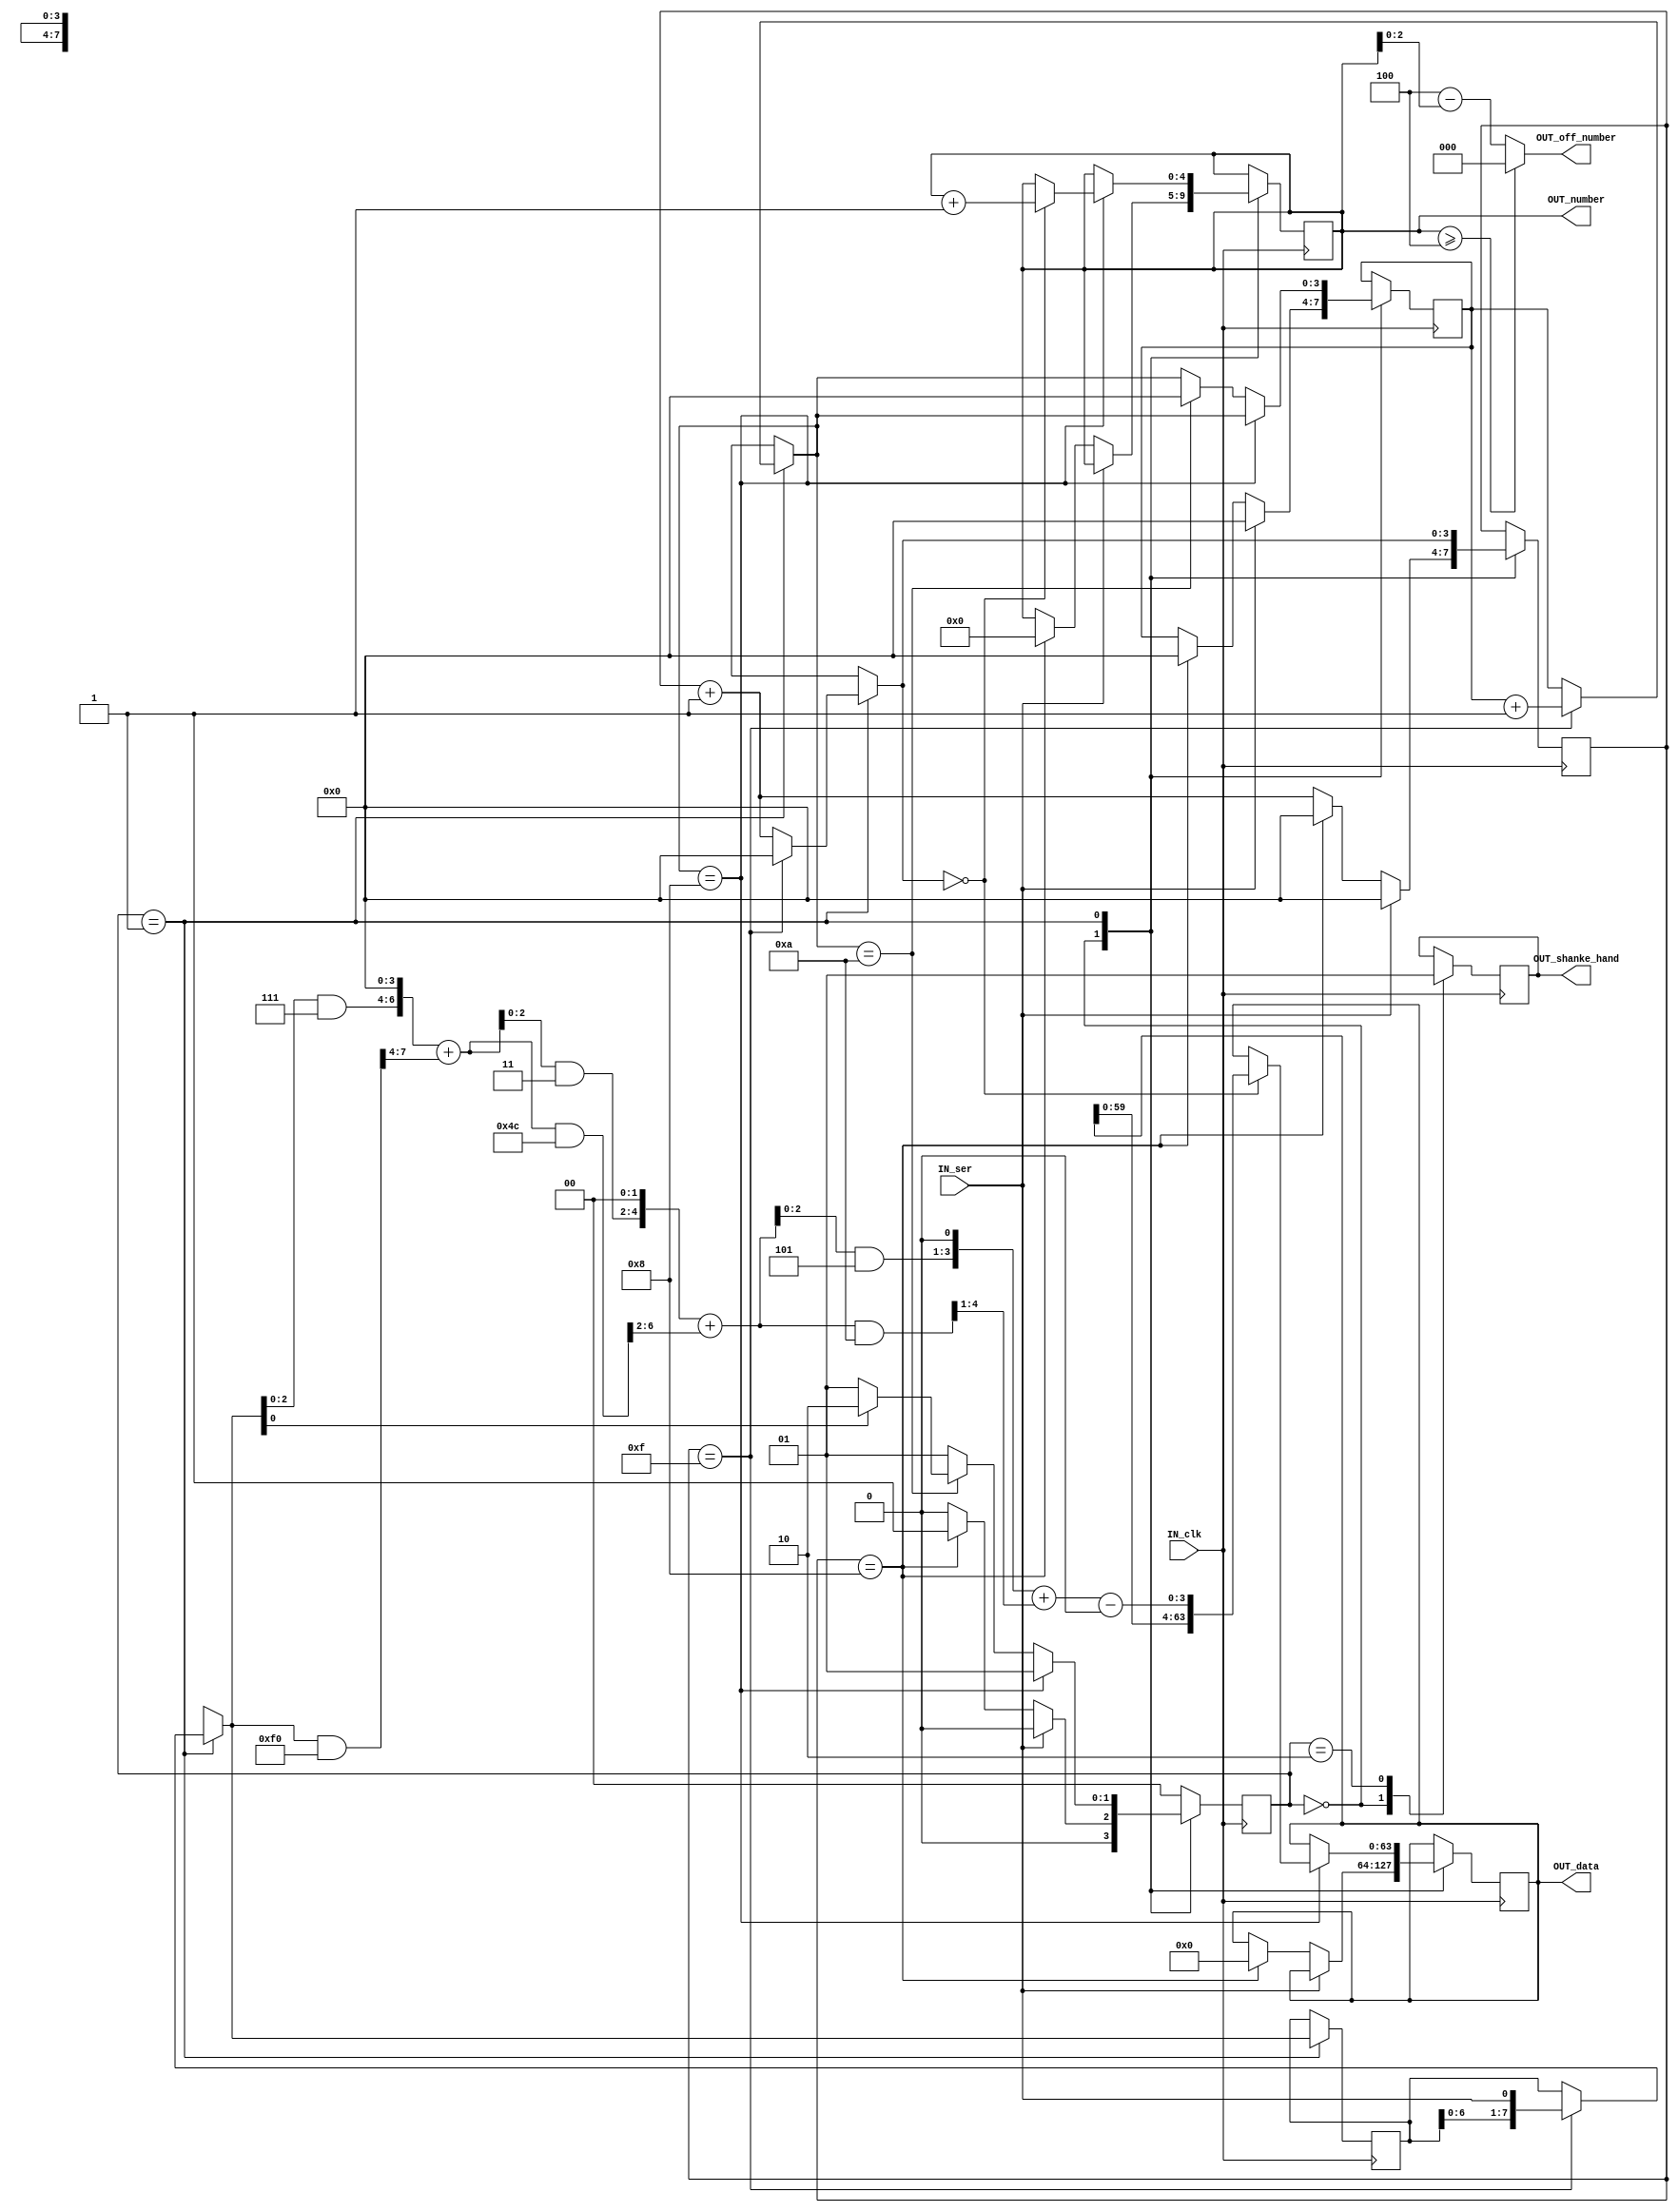
//s00
//s1 0
//s2 
// 
// 9600*16Hz
// out_number 
module serial_in(input IN_clk, input IN_ser,
						output reg [63:0] OUT_data, output reg OUT_shanke_hand, output reg [4:0] OUT_number, output [2:0] OUT_off_number);

	reg [1:0] state = 0;
	reg [3:0] flag = 0;
	reg [3:0] number_bit = 0;
	reg [7:0] temp_ascii = 0;
//	reg delay; //
	parameter s0 = 0, s1 = 1, s2 = 2;
	
	assign OUT_off_number = (OUT_number >= 5'd4)? 0 : 4 - OUT_number;
	
	always @(posedge IN_clk)
	begin
		case(state)
			s0:
				begin
					if(!IN_ser)//
						begin
							if(flag == 4'b1000)
								begin 
									state = s1;
									number_bit = 0;
									flag = 0;
									OUT_data = 0;
									OUT_shanke_hand = 0;
									OUT_number = 0;
								end
							else
								begin
									state = s0;
									flag = flag + 1;
									OUT_shanke_hand = 0;
								end
						end
					else
						begin
							flag = 0;
							state = s0;
							number_bit = 0;
							OUT_data = OUT_data;
							OUT_shanke_hand = 0;
							OUT_number = OUT_number;
						end
				end
			s1:
				begin
					if(flag == 4'hF)
						begin
							temp_ascii = {temp_ascii,IN_ser};
							number_bit = number_bit + 1;
							flag = 0;
						end
					else
						begin
//							temp_ascii = 0;
//							number_bit = number_bit + 1;
							flag = flag + 1;
						end
					
					//  == 9 
					if(number_bit == 4'd8)
						begin
							state = s1;
							
							if(flag == 0)
								begin
									OUT_number = OUT_number + 1; //
									OUT_data = {OUT_data,change_number(temp_ascii)};
								end
						end
					else if(number_bit == 4'd10)
						begin
			
							if(temp_ascii[0])// 
								begin
									state = s2;
									number_bit = 0;
									// 
								end
							else
								begin
									state = s1;
									number_bit = 0;
								end
						end
					else
						begin
							state = s1;
							
						end
				end
			s2:
				begin
					OUT_shanke_hand = 1;
					state = s0;
				end
			default:
				begin
					state = 0;
				end
		endcase
	end
						
	//if					
	function [3:0] change_number;
	input [7:0] a;
	begin
		change_number = reverse(a) - 8'd48;
	end
	endfunction					
	
	// verilog,C
	function [7:0] reverse;
	input [7:0] x;
	begin
		reverse = ((x & 8'h0F) << 4) + ((x & 8'hF0) >> 4);
		reverse = ((reverse & 8'h33) << 2) + ((reverse & 8'hCC) >> 2);
		reverse = ((reverse & 8'h55) << 1) + ((reverse & 8'hAA) >> 1);
	end
	endfunction						
endmodule